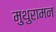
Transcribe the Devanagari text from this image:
मुथुरामन